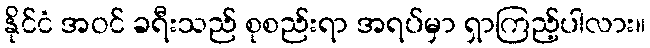
နိုင်ငံ အဝင် ခရီးသည် စုစည်းရာ အရပ်မှာ ရှာကြည့်ပါလား။